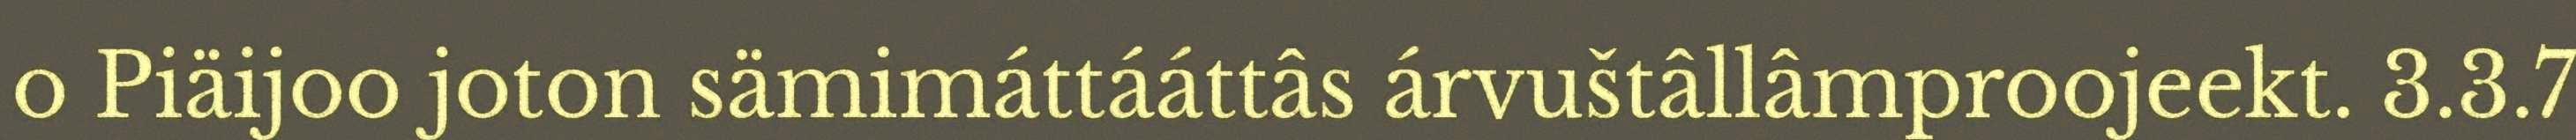
o Piäijoo joton sämimáttááttâs árvuštâllâmproojeekt. 3.3.7